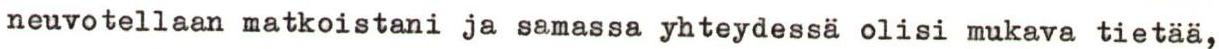
neuvotellaan matkoistani ja samassa yhteydessä olisi mukava tietää,